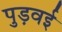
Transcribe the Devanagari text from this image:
पुड़वई